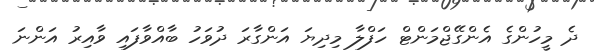
ދެ މީހުންގެ އެންގޭޖްމަންޓް ހަފްލާ މިދިޔަ އަންގާރަ ދުވަހު ބާއްވާފައި ވާއިރު އަންނަ